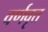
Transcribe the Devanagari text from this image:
वर्णवृत्त